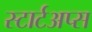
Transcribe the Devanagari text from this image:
स्टार्टअप्स